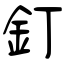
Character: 釘